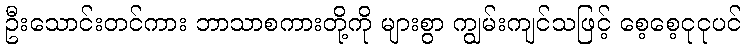
ဦးသောင်းတင်ကား ဘာသာစကားတို့ကို များစွာ ကျွမ်းကျင်သဖြင့် စေ့စေ့ငုငုပင်